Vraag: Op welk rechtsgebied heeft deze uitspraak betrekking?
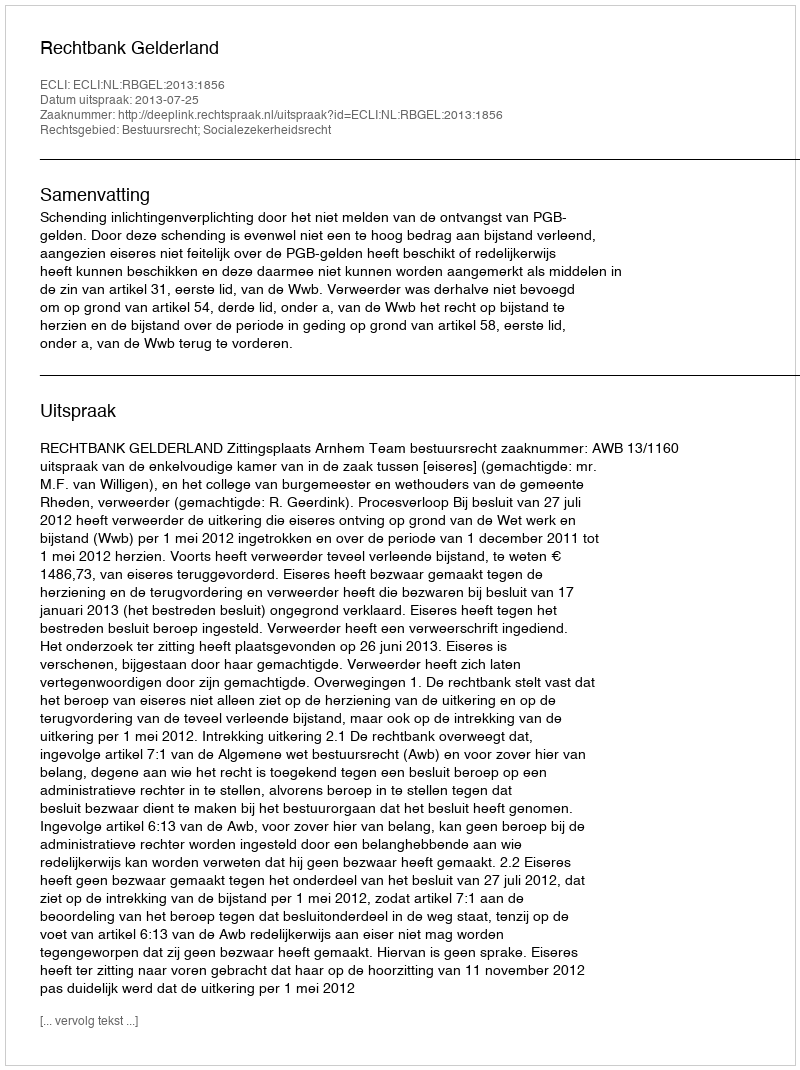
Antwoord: Bestuursrecht; Socialezekerheidsrecht